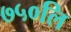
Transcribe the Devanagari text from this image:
७५०लि